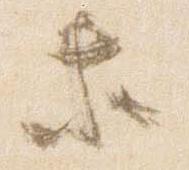
等